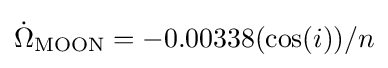
{\dot {\Omega }}_{\mathrm {MOON} }=-0.00338(\cos(i))/n